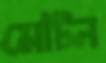
মেটিন